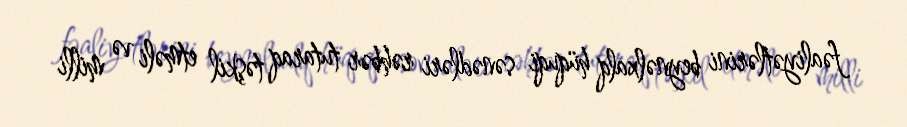
fəaliyətlərini beynəlxalq hüquqi sənədləri rəhbər tutaraq təşkil etməli və milli